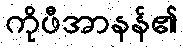
ကိုဖီအာနန်၏